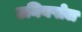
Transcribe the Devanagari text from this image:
उनियपोल